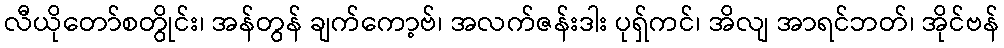
လီယိုတော်စတွိုင်း၊ အန်တွန် ချက်ကော့ဗ်၊ အလက်ဇန်းဒါး ပုရှ်ကင်၊ အိလျ အာရင်ဘတ်၊ အိုင်ဗန်